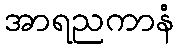
အာရညကာနံ